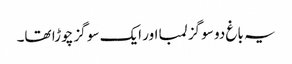
یہ باغ دو سو گز لمبا اور ایک سو گز چوڑا تھا۔